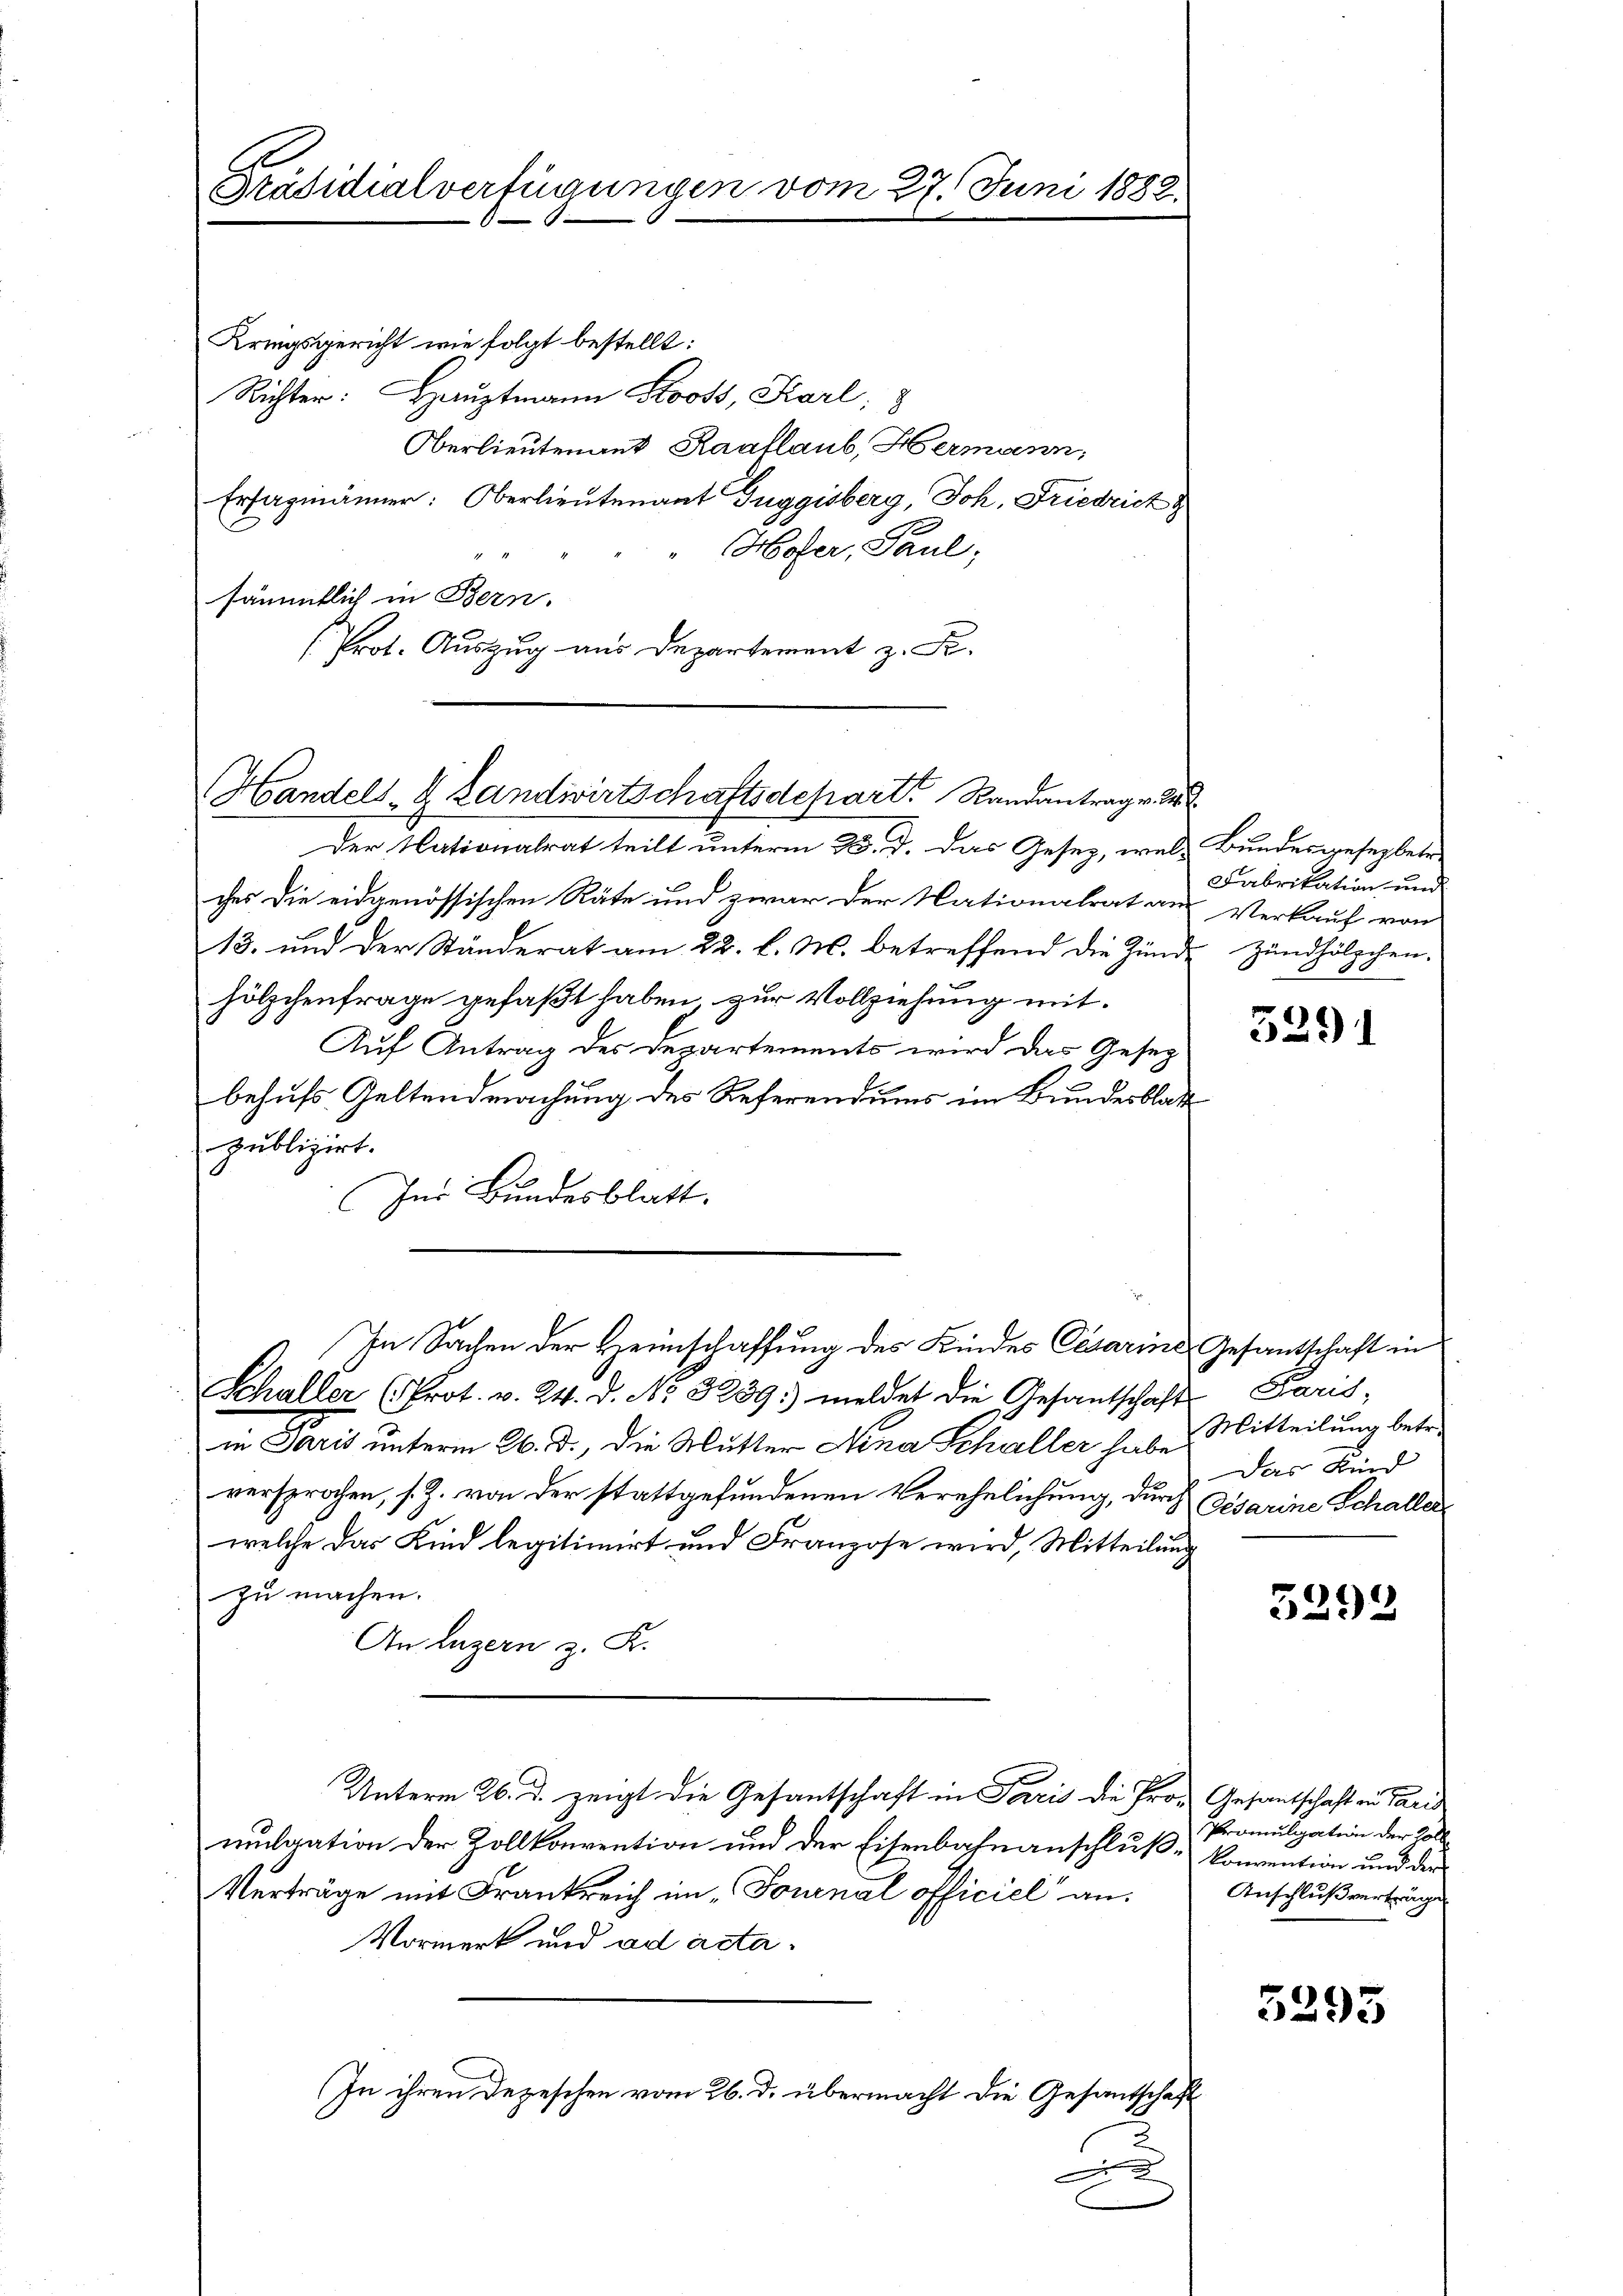
Präsidialverfügungen vom 27. Juni 1882.

Kriegsgericht wie folgt bestellt:
Richter: Hauptmann Stooss, Karl,
Oberlieutenant Raaflaub, Hermann,
Ersagmänner: Oberlieutenant Tuggisberg, Joh. Friedrich
Hofer, Paul,
sämmtlich in Bern.
Prot. Auszug aus Departement z. S.

Handels- & Landwirtschaftsdepart Randantrag v. 24.

Der Nationalrat teilt unterm 23. d. das Gesez, wel- Bundesgesegbete
ches die eidgenössischen Räte und zwar der Nationalrat aus Verkauf von
13. und der Ständerat am 22. l. M. betreffend die Zund Zündhölzchen.
hölzchenfrage gefaßt haben, zur Vollziehung mit
Auf Antrag des Departements wird das Gesez
behufs Geltendmachung des Referendums im Bundesblatt
publizirt.
Ins Bundesblatt.
In Sachen der Heimschaffung des Kindes Cesarine Gesantschaft in
Schaller (Prot. v. 24. d. No. 3239:) meldet die Gesantschafts Paris,
in Paris unterm 26. d., die Mutter Nina Schuller habe Mitteilung betr.
versprochen, s. Z. von der stattgefundenen Verehelichung, durch Cesarine Schaller
welche das Kind legitimirt und Franzose wird, Mitteilung
zu machen.
An Luzern z. K.
Unterm 26. d. zeigt die Gesantschaft in Paris die Pron Gesantschaft in Paris
mulgation der Zollkonvention und der Eisenbahnanschluß-Convention und der
Verträge mit Frankreich im „Fournal officiel an.
Vormerk und ad acta¬
In ihren Depeschen vom 26. d. übermacht die Gesantschaft
n

Fabrikation und

5291

Das Kind

5292

Promulgation der Zoll
Anschluß vertrage

5295